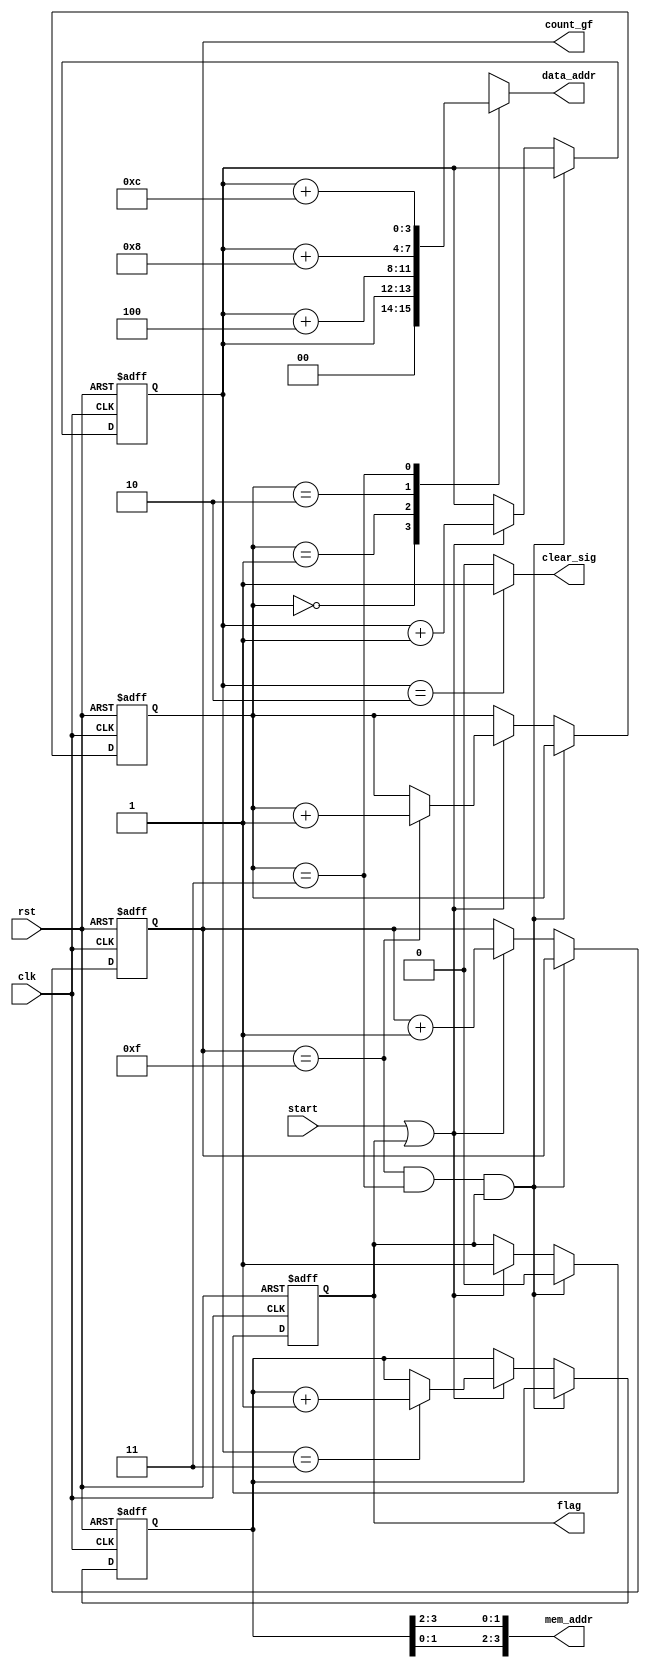
module counter_mix_col(clk,rst,start,count_gf,data_addr,mem_addr,flag,clear_sig);
input wire clk,rst,start;
output reg [3:0] count_gf;
output reg [3:0] data_addr;
output wire [3:0] mem_addr;
output reg flag;
output wire clear_sig;
reg [1:0] count_data,round_gf;
reg [3:0] mem_addr_inv;
always @(posedge clk or negedge rst)
begin
	if(!rst)
		begin
			count_gf<=4'd15; count_data<=2'd3; round_gf<=2'd3; flag<=1'b0; mem_addr_inv<=4'd15;
		end
	else 
		begin
			if (count_gf==15&&round_gf==3&&flag==1)	
				begin
					flag<=1'b0; 
				end
			else if (start || flag)	
				begin
					count_gf<=count_gf+4'b1; flag<=1'b1; count_data<=count_data+2'b1;
					if(count_gf==4'b1111)
						round_gf<=round_gf+2'b1;
					if (count_data==3)
						mem_addr_inv<=mem_addr_inv+4'b1;
				end
		end
end	

always @(*)
	begin
		case(round_gf)
		2'b0: data_addr=count_data;
		2'b01:data_addr=count_data+4'b0100;
		2'b10:data_addr=count_data+4'b1000;
		2'b11:data_addr=count_data+4'b1100;
		endcase
	end
	
assign clear_sig= (count_data==2) ? 1'b1 : 1'b0;
assign mem_addr={mem_addr_inv[1:0],mem_addr_inv[3:2]};

endmodule